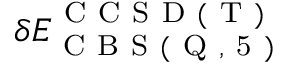
\delta E _ { \mathrm { ~ C ~ B ~ S ~ ( ~ Q ~ , ~ 5 ~ ) ~ } } ^ { \mathrm { ~ C ~ C ~ S ~ D ~ ( ~ T ~ ) ~ } }